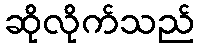
ဆိုလိုက်သည်